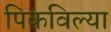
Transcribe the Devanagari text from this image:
पिकविल्या